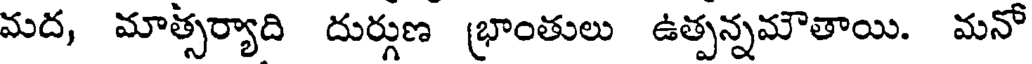
మద, మాత్సర్యాది దుర్గణ (భాంతులు ఉత్పన్నమౌతాయి. మనో